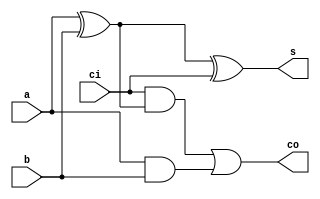
module FA (a, b, ci, s, co);
input a;
input b;
input ci;
output s;
output co;
	
	wire abxor;
	xor xorab (abxor, a, b);

	xor xors (s, abxor, ci);
	
	wire i0, i1;
	and andi0 (i0, ci, abxor);
	and andi1 (i1, a, b);
	or orco (co, i0, i1);

endmodule